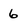
Character: 6